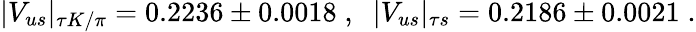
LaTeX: \begin{array}{r}{\vert V_{us}\vert_{\tau K/\pi}=0.2236\pm 0.0018\; ,\; \; \vert V_{us}\vert_{\tau s}=0.2186\pm 0.0021\; .}\end{array}